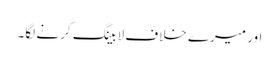
اور میرے خلاف لا بینگ کرنے لگا۔